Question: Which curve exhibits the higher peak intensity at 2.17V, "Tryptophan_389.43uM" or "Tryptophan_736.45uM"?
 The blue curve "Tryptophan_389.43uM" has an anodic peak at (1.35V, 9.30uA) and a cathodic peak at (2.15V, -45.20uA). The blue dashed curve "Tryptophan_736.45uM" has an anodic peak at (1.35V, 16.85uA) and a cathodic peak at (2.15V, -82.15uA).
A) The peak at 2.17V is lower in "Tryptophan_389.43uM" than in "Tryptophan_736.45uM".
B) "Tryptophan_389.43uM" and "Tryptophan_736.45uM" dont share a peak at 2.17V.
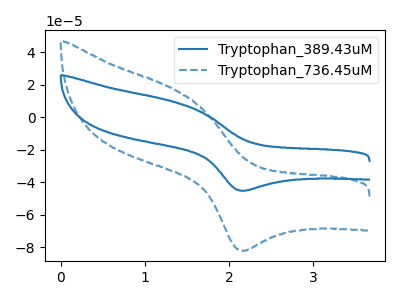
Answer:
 <answer>A) The peak at 2.17V is lower in "Tryptophan_389.43uM" than in "Tryptophan_736.45uM".</answer>
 <eval>A</eval>